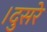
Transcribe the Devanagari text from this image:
।दुसरे